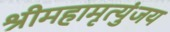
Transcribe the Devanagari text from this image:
श्रीमहामृत्युंजय